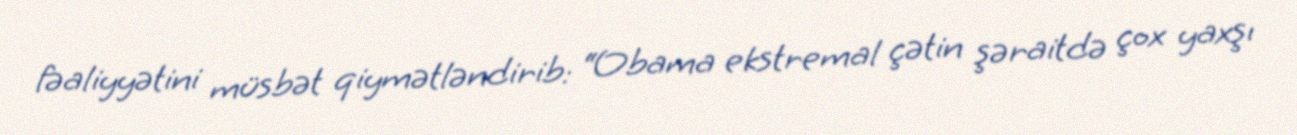
fəaliyyətini müsbət qiymətləndirib: “Obama ekstremal çətin şəraitdə çox yaxşı